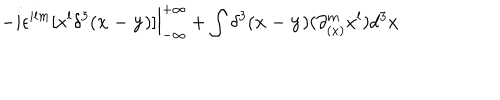
- i \epsilon ^ { i l m } [ x ^ { l } \delta ^ { 3 } ( { \bf x - y } ) ] { \Big \vert } _ { - \infty } ^ { + \infty } + \int \delta ^ { 3 } ( { \bf x - y } ) ( \partial _ { ( x ) } ^ { m } x ^ { l } ) d ^ { 3 } x